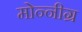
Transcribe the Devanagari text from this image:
मोन्नीग्र